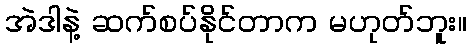
အဲဒါနဲ့ ဆက်စပ်နိုင်တာက မဟုတ်ဘူး။